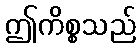
ဤကိစ္စသည်